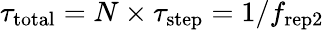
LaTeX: \tau_{\mathrm{total}}=N\times\tau_{\mathrm{step}}=1/f_{\mathrm{rep2}}